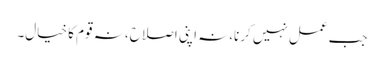
جب عمل نہیں کرنا،نہ اپنی اصلاح، نہ قوم کا خیال۔